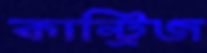
কান্ট্রিজ